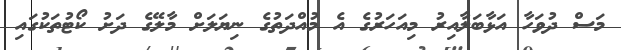
މަސް ދުވަހާ އަޅާބަލާއިރު މިއަހަރުގެ އެ މުއްދަތުގެ ނިޔަލަށް މާލޭގެ ދަށު ކޯޓުތަކުގައި